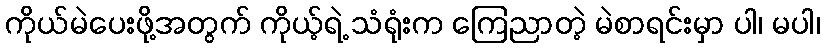
ကိုယ်မဲပေးဖို့အတွက် ကိုယ့်ရဲ့ သံရုံးက ကြေညာတဲ့ မဲစာရင်းမှာ ပါ၊ မပါ၊